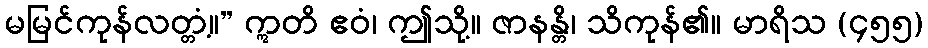
မမြင်ကုန်လတ္တံ့။” ဣတိ ဧဝံ၊ ဤသို့။ ဇာနန္တိ၊ သိကုန်၏။ မာရိသ (၄၅၅)